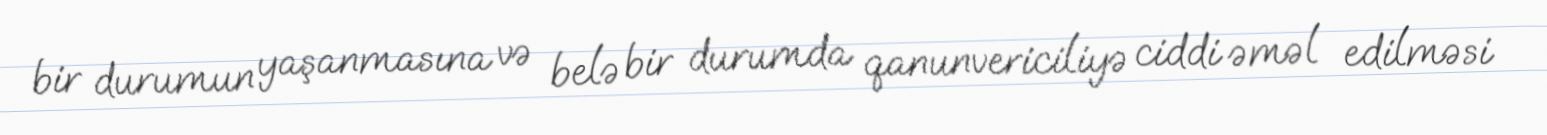
bir durumun yaşanmasına və belə bir durumda qanunvericiliyə ciddi əməl edilməsi